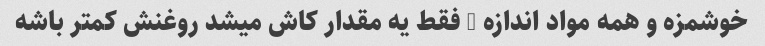
خوشمزه و همه مواد اندازه … فقط یه مقدار کاش میشد روغنش کمتر باشه